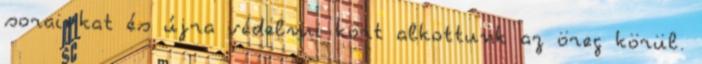
sorainkat és újra védelmi kört alkottunk az öreg körül.